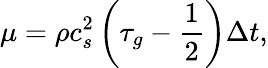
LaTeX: \mu=\rho c_{s}^{2}\left({{\tau_{g}}-\frac{1}{2}}\right)\Delta t,